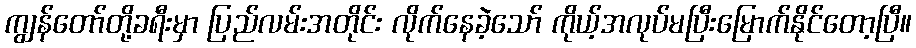
ကျွန်တော်တို့ခရီးမှာ ပြည်လမ်းအတိုင်း လိုက်နေခဲ့သော် ကိုယ့်အလုပ်မပြီးမြောက်နိုင်တော့ပြီ။